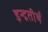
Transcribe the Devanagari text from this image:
इन्द्रतीर्थ